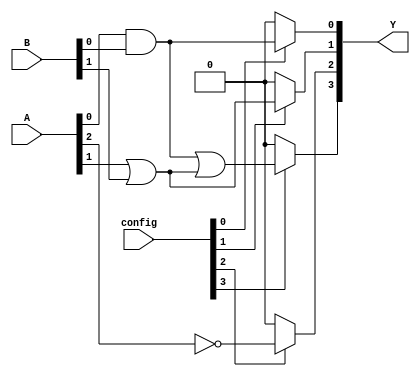
module combinational_logic_block (
    input wire [3:0] A,        // 4-bit input
    input wire [3:0] B,        // 4-bit input
    input wire [3:0] config,   // Configuration bits for anti-fuse programming
    output wire [3:0] Y        // 4-bit output
);

// Internal signals for logic gates
wire and_out, or_out, not_out;

// Logic gate implementations
assign and_out = A[0] & B[0]; // AND gate
assign or_out  = A[1] | B[1];  // OR gate
assign not_out = ~A[2];        // NOT gate

// Output logic based on configuration
assign Y[0] = (config[0]) ? and_out : 1'b0; // Output from AND gate if config[0] is set
assign Y[1] = (config[1]) ? or_out : 1'b0;  // Output from OR gate if config[1] is set
assign Y[2] = (config[2]) ? not_out : 1'b0; // Output from NOT gate if config[2] is set
assign Y[3] = (config[3]) ? (and_out | or_out) : 1'b0; // Combined output if config[3] is set

endmodule